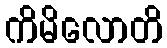
ကိမိလောတိ